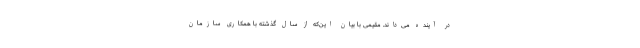
در آینده می‌داند. مقیمی با بیان این‌که از سال گذشته با همکاری سازمان